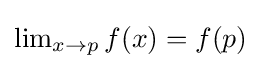
{\textstyle \lim _{x\to p}f(x)=f(p)}